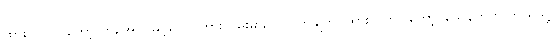
ထားလိုက်ပါတော့ ကိုအောင်မြင့်ရယ်၊ ကားလမ်းဓားပြ လက်ချက်ပဲထားလိုက်ပါတော့၊ သေနတ်က ဘယ်သူ့